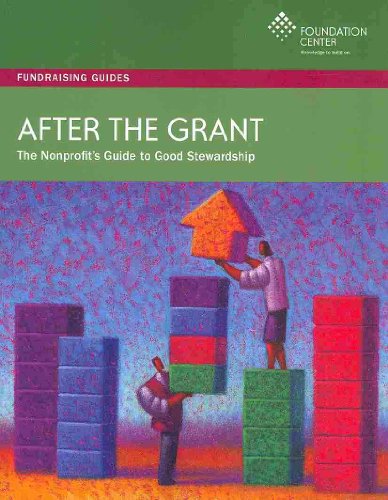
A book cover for After the Grant: The Nonprofit's Guide to Good Stewardship (Fundraising Guides); Politics & Social Sciences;